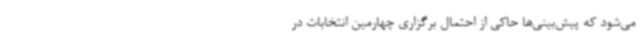
می‌شود که پیش‌بینی‌ها حاکی از احتمال برگزاری چهارمین انتخابات در